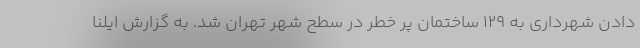
دادن شهرداری به ۱۲۹ ساختمان پر خطر در سطح شهر تهران شد. به گزارش ایلنا